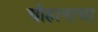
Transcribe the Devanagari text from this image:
चौहानाचा